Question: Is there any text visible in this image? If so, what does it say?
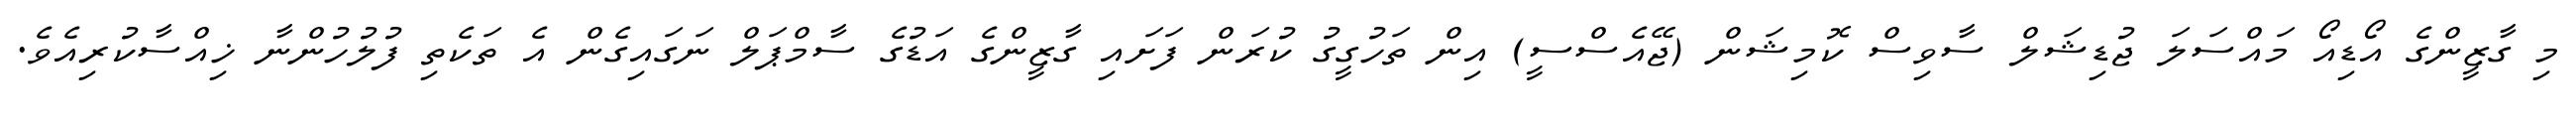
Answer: މި ގާޒީންގެ އޯޑިއޯ މައްސަލަ ޖުޑިޝަލް ސާވިސް ކޮމިޝަން (ޖޭއެސްސީ) އިން ތަހުގީގު ކުރަން ފަށައި ގާޒީންގެ އަޑުގެ ސާމްޕަލް ނަގައިގެން އެ ތަކެތި ފުލުހުންނާ ޚިއްސާކުރިއެވެ.